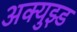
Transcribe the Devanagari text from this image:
अक्युझ्ड